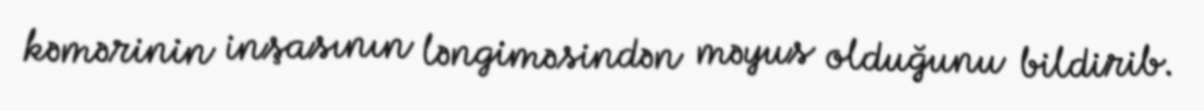
kəmərinin inşasının ləngiməsindən məyus olduğunu bildirib.